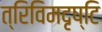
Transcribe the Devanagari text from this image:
त्रिविमदृष्टि